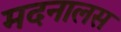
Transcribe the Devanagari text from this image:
मदनालस